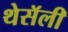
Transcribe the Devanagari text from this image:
थेसॅली